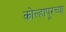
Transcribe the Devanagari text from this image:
कोल्‍हापूरच्या